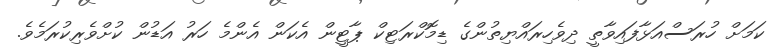
ކަމަށް ހުރަސްއަޅާފައިވާތީ ދިވެހިރައްޔިތުންގެ ޑިމޮކްރަޓިކް ޕާޓީން އެކަން އެންމެ ހަރު އަޑުން ކުށްވެރިކުރަމެވެ.